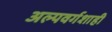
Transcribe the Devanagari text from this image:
अल्पवर्गशाही